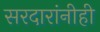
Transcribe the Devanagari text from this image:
सरदारांनीही